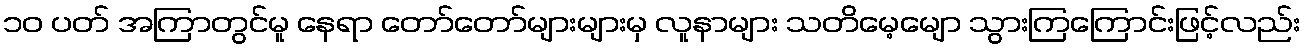
၁၀ ပတ် အကြာတွင်မူ နေရာ တော်တော်များများမှ လူနာများ သတိမေ့မျော သွားကြကြောင်းဖြင့်လည်း